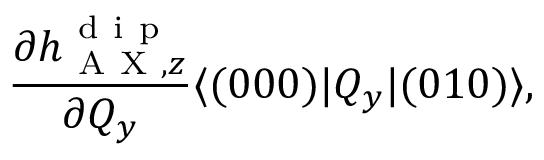
\frac { \partial h _ { \mathrm { ~ A ~ X ~ } , z } ^ { \mathrm { ~ d ~ i ~ p ~ } } } { \partial Q _ { y } } \langle ( 0 0 0 ) | Q _ { y } | ( 0 1 0 ) \rangle ,